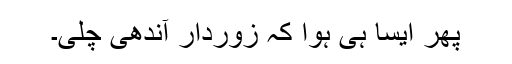
پھر ایسا ہی ہوا کہ زوردار آندھی چلی۔